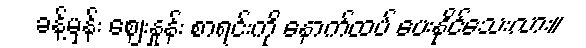
ခန့်မှန်း ဈေးနှုန်း စာရင်းကို နောက်ထပ် ပေးနိုင်သေးလား။